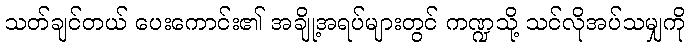
သတ်ချင်တယ် ပေးကောင်း၏ အချို့အရပ်များတွင် ကဏ္ဍသို့ သင်လိုအပ်သမျှကို